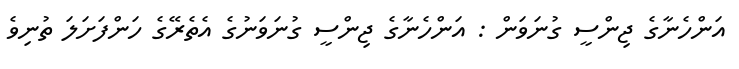
އަންހެނާގެ ޖިންސީ ގުނަވަން : އަންހެނާގެ ޖިންސީ ގުނަވަނުގެ އެތެރޭގެ ހަންފަށަލަ ތުނިވެ